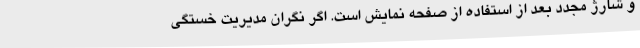
و شارژ مجدد بعد از استفاده از صفحه نمایش است. اگر نگران مدیریت خستگی